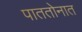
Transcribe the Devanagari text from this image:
पाततोनात